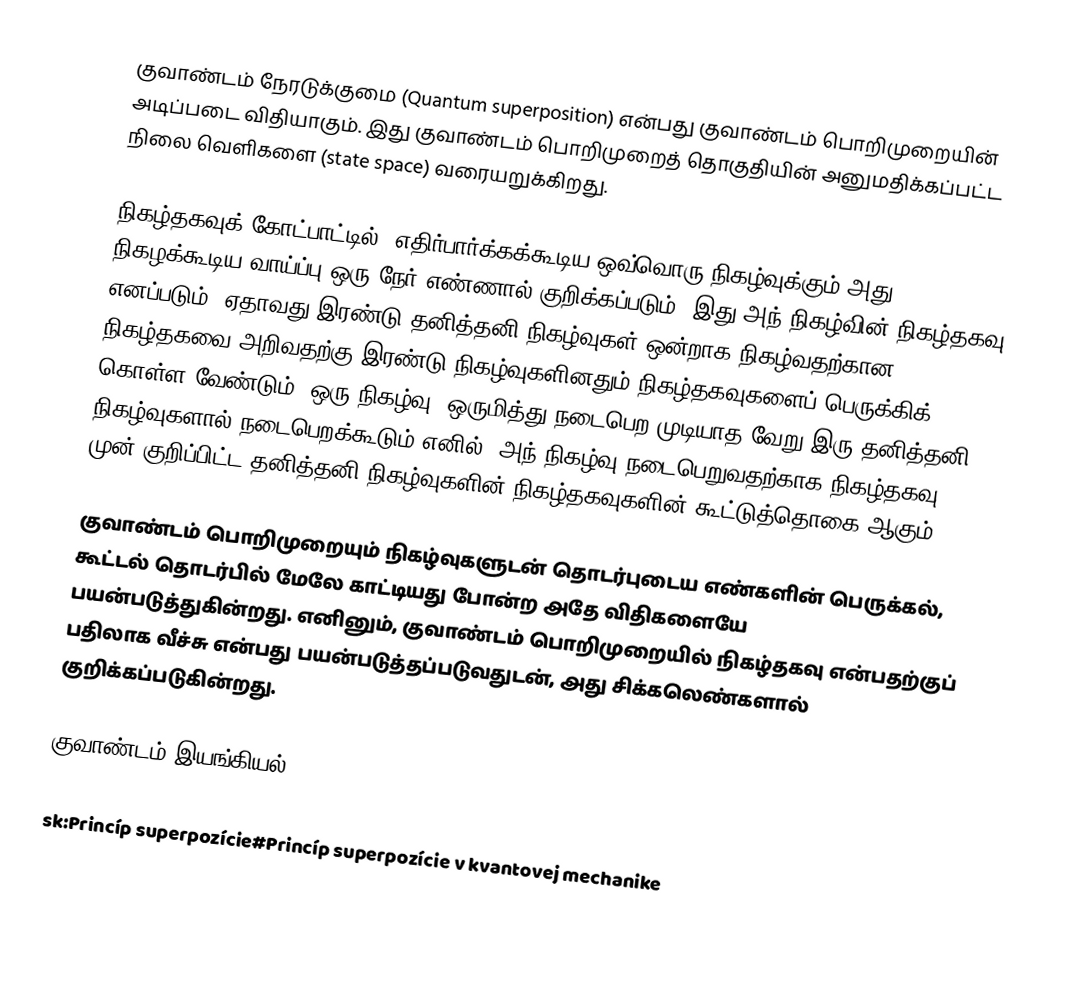
குவாண்டம் நேரடுக்குமை (Quantum superposition) என்பது குவாண்டம் பொறிமுறையின் அடிப்படை விதியாகும். இது குவாண்டம் பொறிமுறைத் தொகுதியின் அனுமதிக்கப்பட்ட நிலை வெளிகளை (state space) வரையறுக்கிறது.

நிகழ்தகவுக் கோட்பாட்டில், எதிர்பார்க்கக்கூடிய ஒவ்வொரு நிகழ்வுக்கும் அது நிகழக்கூடிய வாய்ப்பு ஒரு நேர் எண்ணால் குறிக்கப்படும். இது அந் நிகழ்வின் நிகழ்தகவு எனப்படும். ஏதாவது இரண்டு தனித்தனி நிகழ்வுகள் ஒன்றாக நிகழ்வதற்கான நிகழ்தகவை அறிவதற்கு இரண்டு நிகழ்வுகளினதும் நிகழ்தகவுகளைப் பெருக்கிக் கொள்ள வேண்டும். ஒரு நிகழ்வு, ஒருமித்து நடைபெற முடியாத வேறு இரு தனித்தனி நிகழ்வுகளால் நடைபெறக்கூடும் எனில், அந் நிகழ்வு நடைபெறுவதற்காக நிகழ்தகவு,  முன் குறிப்பிட்ட தனித்தனி நிகழ்வுகளின் நிகழ்தகவுகளின் கூட்டுத்தொகை ஆகும்.

குவாண்டம் பொறிமுறையும் நிகழ்வுகளுடன் தொடர்புடைய எண்களின் பெருக்கல், கூட்டல் தொடர்பில் மேலே காட்டியது போன்ற அதே விதிகளையே பயன்படுத்துகின்றது. எனினும், குவாண்டம் பொறிமுறையில் நிகழ்தகவு என்பதற்குப் பதிலாக வீச்சு என்பது பயன்படுத்தப்படுவதுடன், அது சிக்கலெண்களால் குறிக்கப்படுகின்றது.

குவாண்டம் இயங்கியல்

sk:Princíp superpozície#Princíp superpozície v kvantovej mechanike